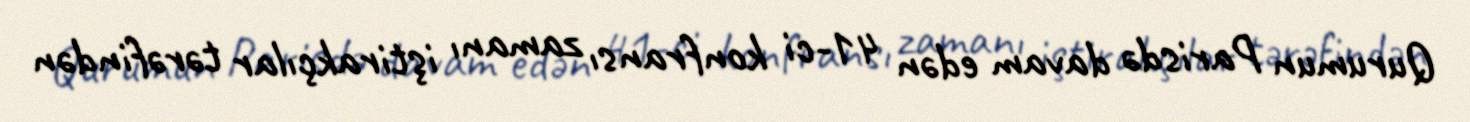
Qurumun Parisdə davam edən 41-ci konfransı zamanı iştirakçılar tərəfindən